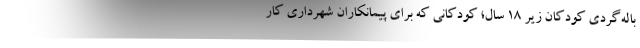
باله‌گردی کودکان زیر ۱۸ سال؛ کودکانی که برای پیمانکاران شهرداری کار